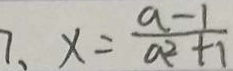
7 、 x = \frac { a - 1 } { a ^ { 2 } + 1 }